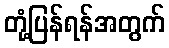
တုံ့ပြန်ရန်အတွက်